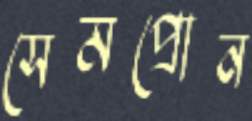
সেমপ্রোন